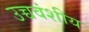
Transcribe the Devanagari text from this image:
उच्चवंशीय